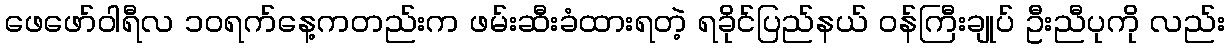
ဖေဖော်ဝါရီလ ၁၀ရက်နေ့ကတည်းက ဖမ်းဆီးခံထားရတဲ့ ရခိုင်ပြည်နယ် ဝန်ကြီးချုပ် ဦးညီပုကို လည်း